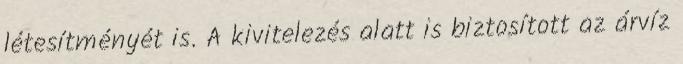
létesítményét is. A kivitelezés alatt is biztosított az árvíz